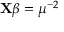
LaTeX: \mathbf { X } { \boldsymbol { \beta } } = \mu ^ { - 2 } \,